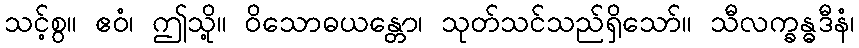
သင့်စွ။ ဧဝံ၊ ဤသို့။ ဝိသောဓယန္တော၊ သုတ်သင်သည်ရှိသော်။ သီလက္ခန္ဓဒီနံ၊